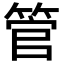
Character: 管